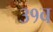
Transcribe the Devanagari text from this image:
३१व